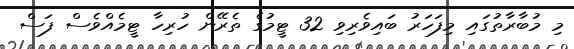
މި މުބާރާތުގައި މިފަހަރު ބައިވެރިވި 32 ޓީމުގެ ތެރޭން ހުރިހާ ޓީމެއްވެސް ފަސް